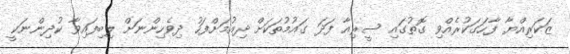
ޒަކަރިއްޔާ ފާހަގަކުރެއްވި ގޮތުގައި ސީރިއާ ފަދަ ގައުމުތަކަށް ދިއުމަށްފަހު ދިވެހިންނަށް ލިބިފައިވާ ކުދިންނަކީ